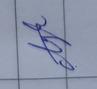
Signature authenticity: genuine